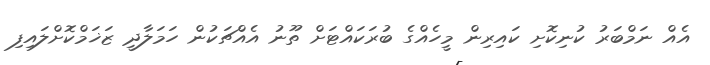
އެއް ނަމްބަރު ކުނިކޮށި ކައިރިން މީހެއްގެ ބުރަކައްޓަށް ތޫނު އެއްޗަކުން ހަމަލާދީ ޒަޚަމްކޮށްލައިފި